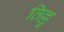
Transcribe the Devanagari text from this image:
तिल्लु